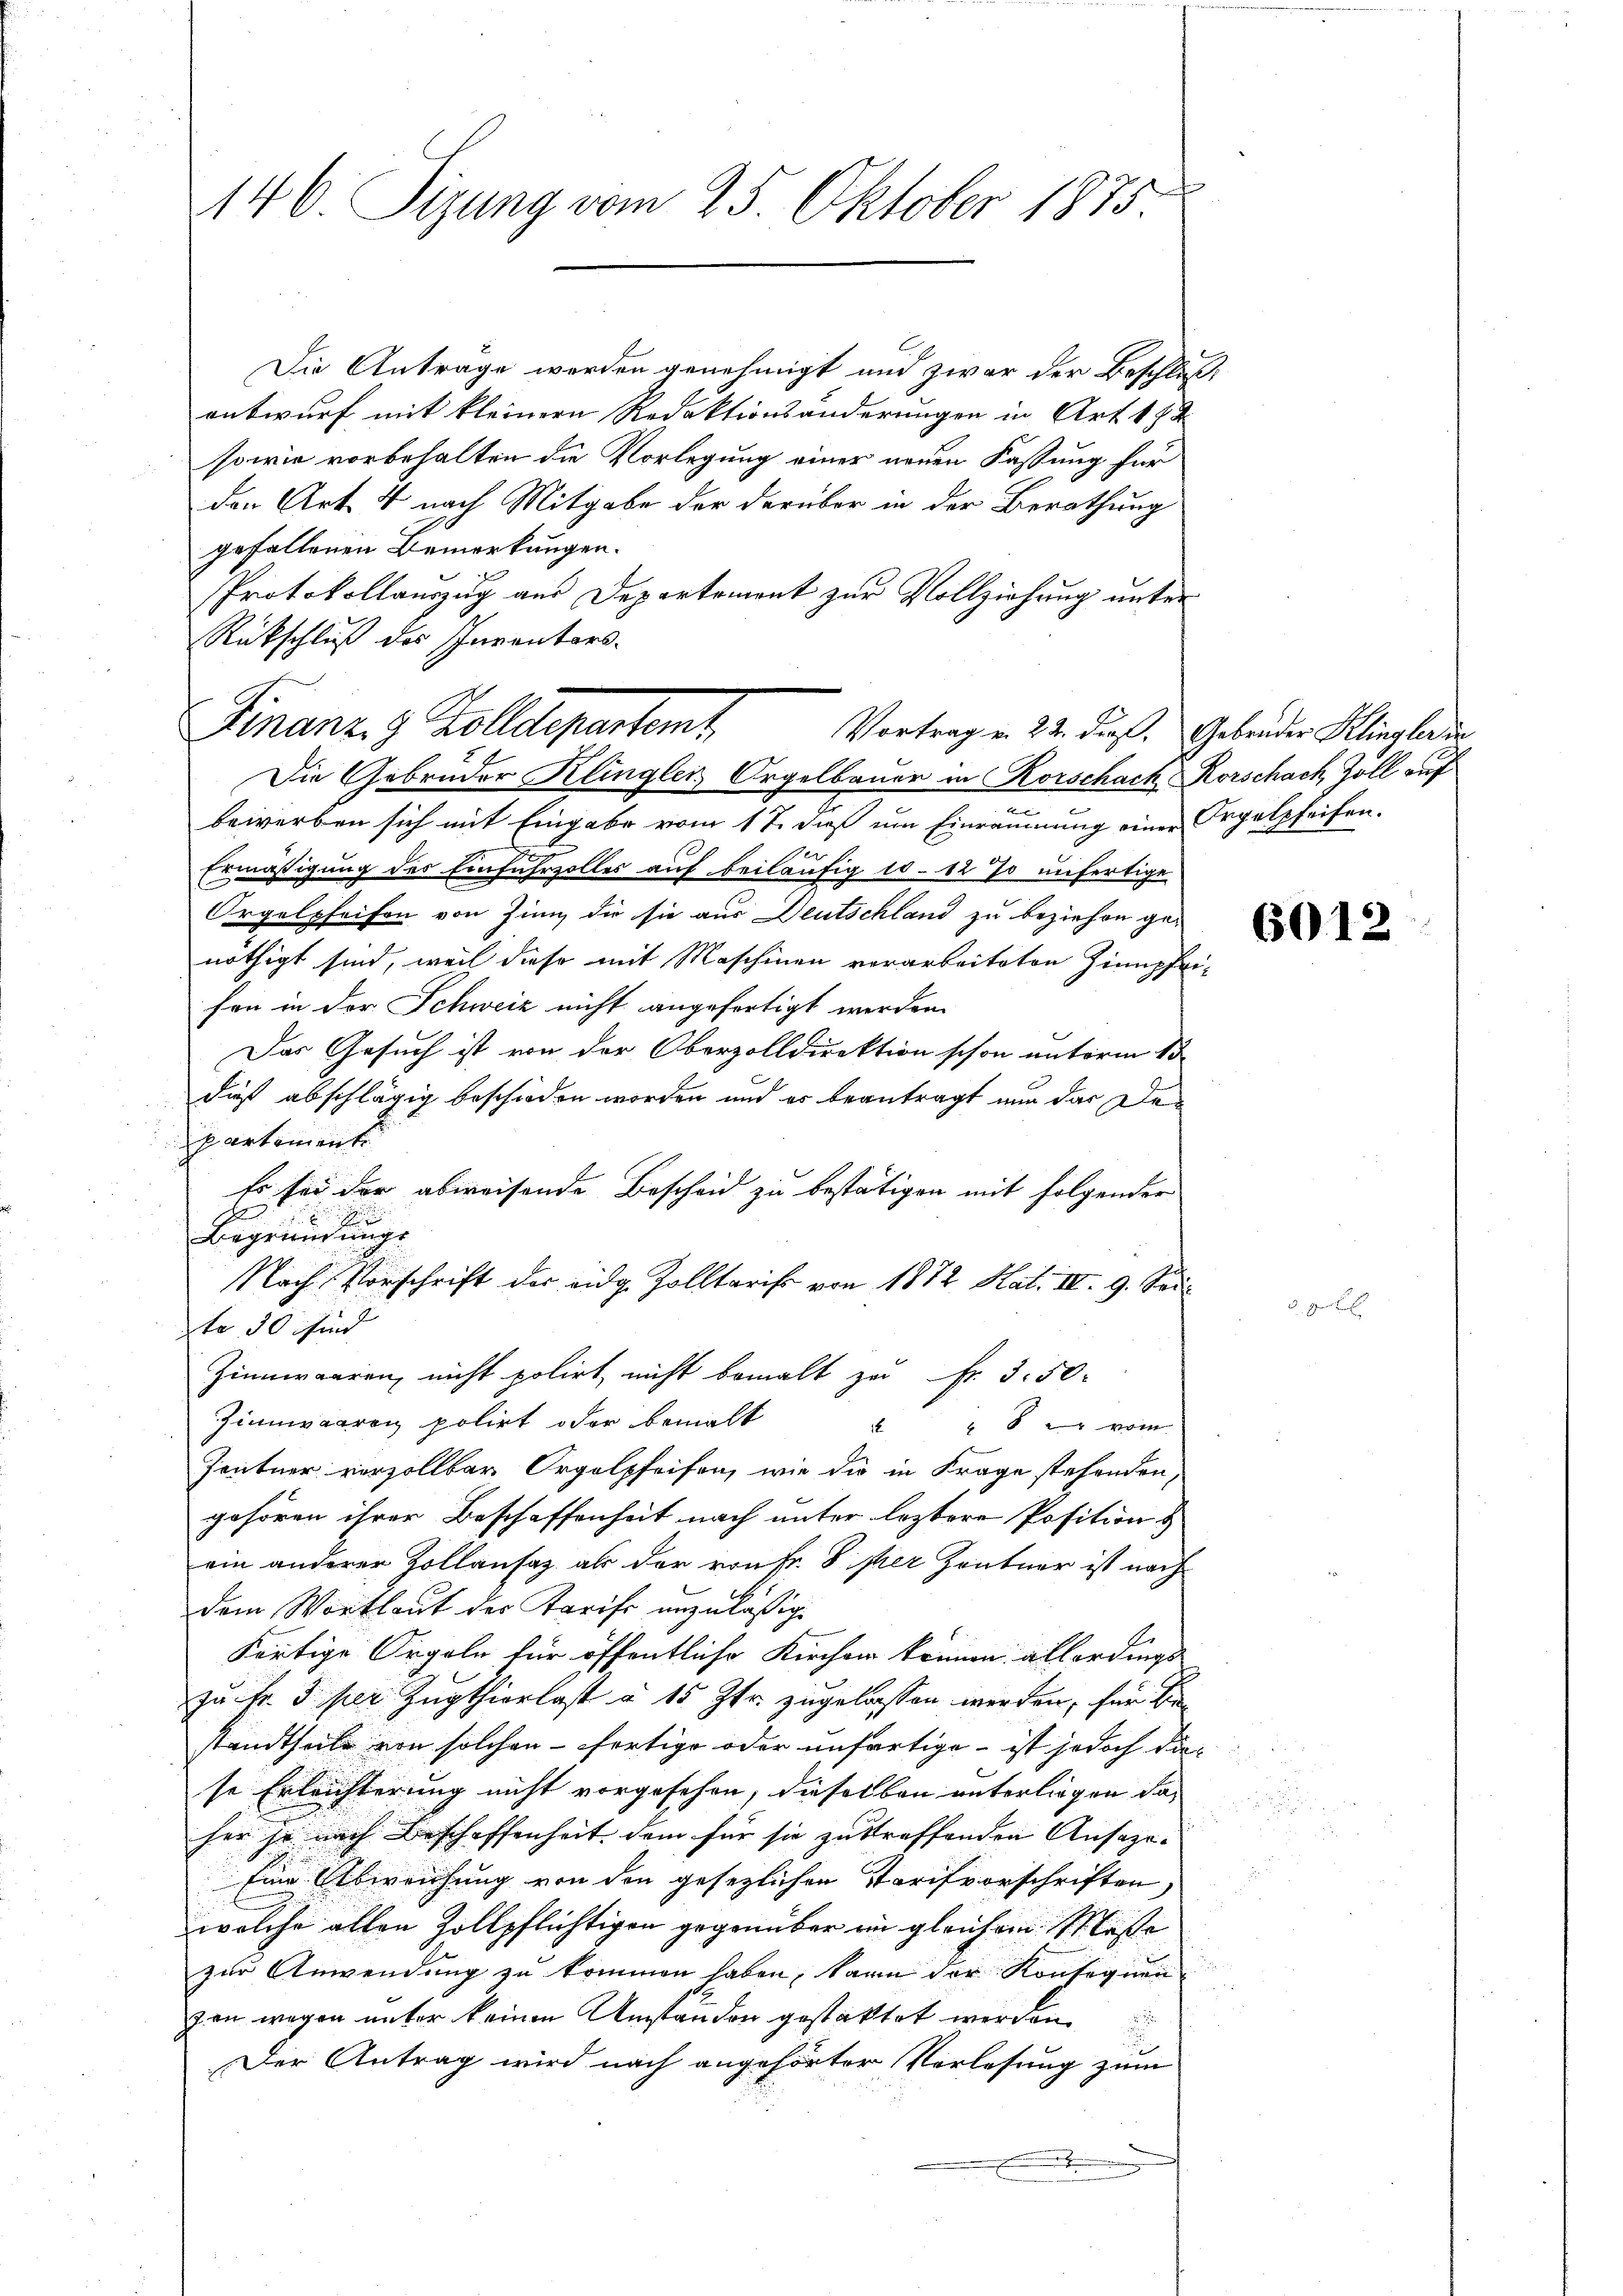
146. Sizung vom 25. Oktober 1875.

Die Antrage werden genehmigt und zwar der Beschluß
entwurf mit kleinern Redaktionsänderungen in Art. 172
sowie vorbehalten die Vorlegung einer neuen Fassung für
den Art. 4 nach Mitgabe der darüber in der Berathung
gefallenen Bemerkungen.
Protokollauszug aus Departement zur Vollziehung unter
Rückschluß des Inventars.
bewerben sich mit Eingabe vom 17. daß um Einräumung einer Orgelpfeifen.
Ermäßigung des Einfuhrzolles auf beiläufig 10-12 % unfertige
Orgelpfeifen von Zinn, die sie aus Deutschland zu beziehen ge-
nöthigt sind, weil diese mit Maschinen vorarbeiteten Zimpfeifen in der Schweiz nicht angefertigt werden.
Das Gesuch ist von der Oberzolldirektion schon unterm 15
dieß abschlägig beschieden worden und er beantragt nun das Departement
Es sei der abweisende Bescheid zu bestätigen mit folgender
E

Begründungs
Nach Vorschrift der eidg. Zolltaris von 1872 Kat. IV. 9. Sei
te 30 sind
Zinnwaaren, nicht polirt, nicht bemalt zu Fr. 3. 50
Zinnwaaren polirt oder bemalt
 " 82 vom
Zentner verzollbar Orgelpfeifen, wie die in Frage stehenden,
gehören ihrer Beschaffenheit nach unter leztere Position &
ein anderer Zollansaz als der von Fr. per Zentner ist nach
dem Wortlaut der Tarife unzuläßig
s
förtige Orgeln für öffentliche Kirchen können allerdings
zu Fr. 5. per Zugthierlast § 15 Jtr. zugelassen werden, für die
standtheile von solchen - fertige oder unfertige ist jedoch die
se Erleichterung nicht vorgesehen, dieselben unterliegen das
her je nach Beschaffenheit dem für sie zustraffenden Ansazi¬
Eine Abweichung von den gesezlichen Tarifvorschriften
wolche allen Zollpflichtigen gegenüber im gleichem Maße
zur Anwendung zu kommen haben, kann der Konsequenvon wegen unter keinen Umständen gestattet werden
Der Antrag wird nach angehörter Verlesung zum
2

Finanz- & Zolldepartamt
Vortrag u. 22. dir. Gebrüder Klingler der
Die Gebrüder Klingler Orgelbauer in Korschach Rorschach Zoll auf

6012